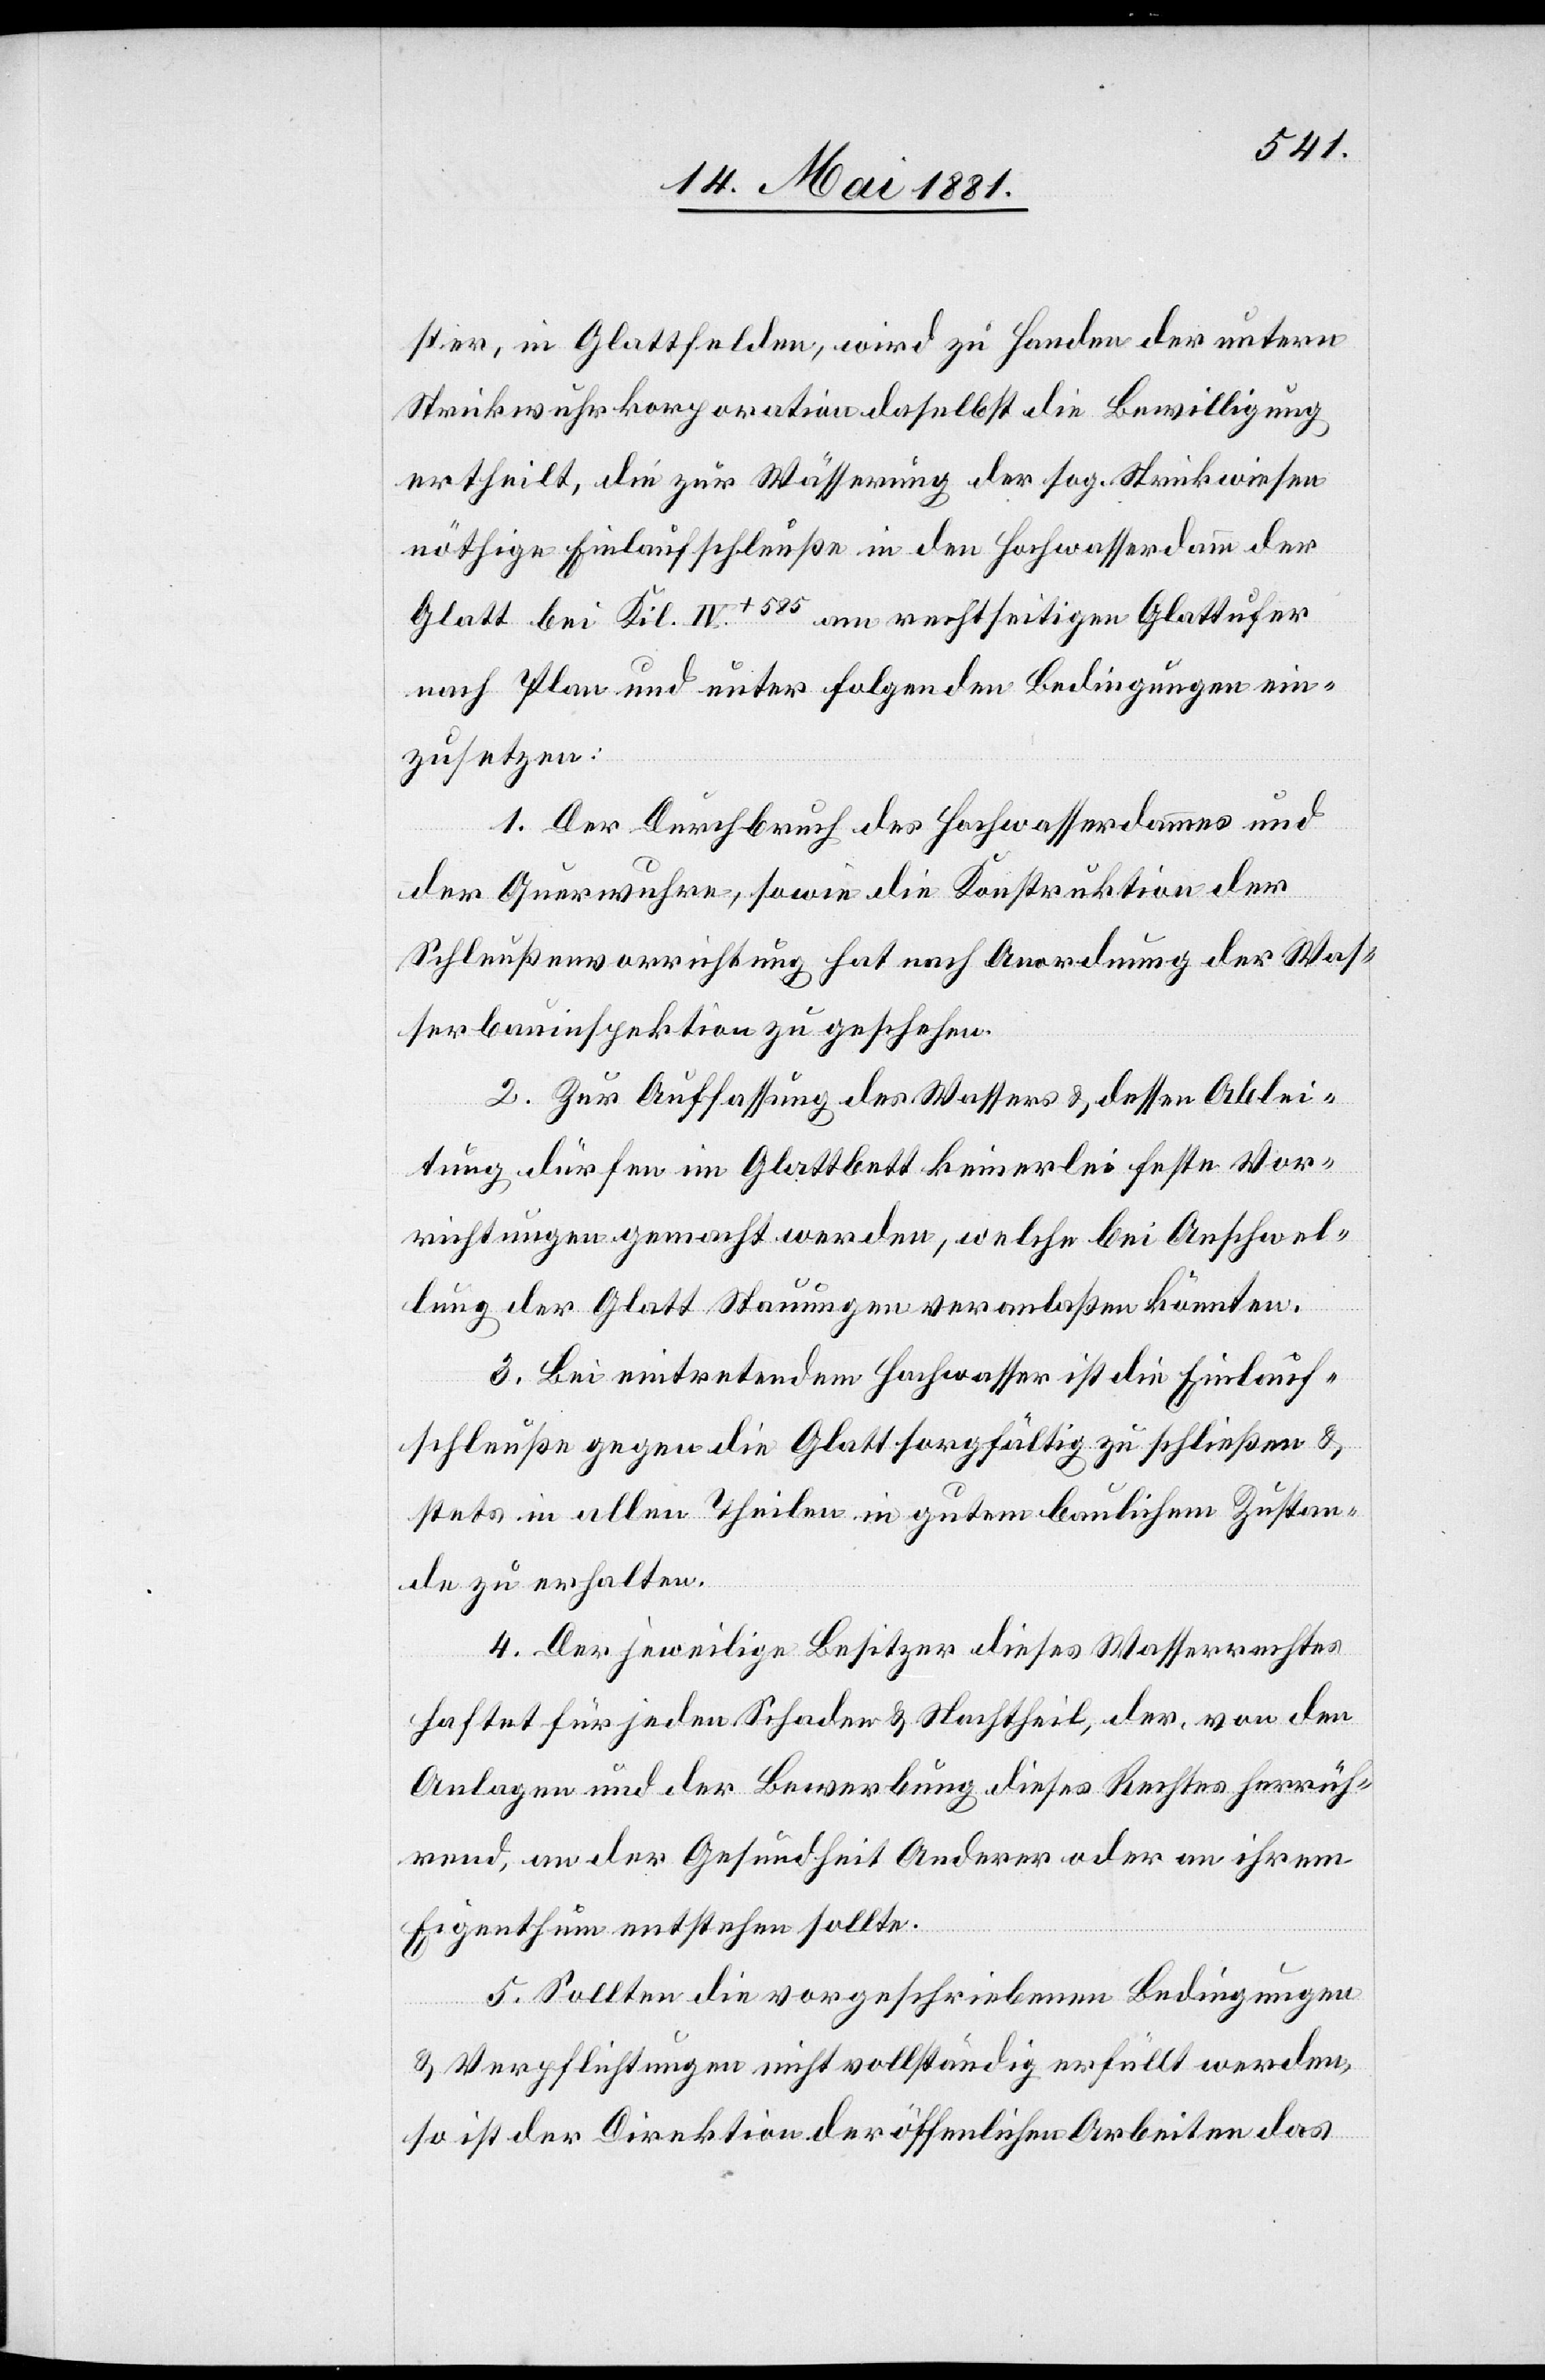
ster, in Glattfelden, wird zu Handen der untern
Strickwuhrkorporation daselbst die Bewilligung
ertheilt, die zur Wässerung der sog. Strickwiesen
nöthige Einlaufschleuße in den Hochwasserdamm der
Glatt bei Kil. IV+585 am rechtseitigen Glattufer
nach Plan und unter folgenden Bedingungen ein¬
zusetzen:
1. Der Durchbruch des Hochwasserdammes und
der Querwuhren, sowie die Konstruktion der
Schleußenvorrichtung hat nach Anordnung der Was¬
serbauinspektion zu geschehen.
2. Zur Auffassung des Wassers & dessen Ablei¬
tung dürfen im Glattbett keinerlei feste Vor¬
richtungen gemacht werden, welche bei Anschwel¬
lung der Glatt Stauungen veranlaßen könnten.
3. Bei eintretendem Hochwasser ist die Einlauf¬
schleuße gegen die Glatt sorgfältig zu schließen &
stets in allen theilen in gutem baulichen Zustän¬
den zu erhalten.
4. Der jeweilige Besitzer dieses Wasserrechtes
haftet für jeden Schaden & Nachtheil, der von den
Anlagen und der Bewerbung dieses Rechtes herrüh¬
rend, an der Gesundheit Anderer oder an ihrem
Eigenthum entstehen sollte.
5. Sollten die vorgeschriebenen Bedingungen
& Verpflichtungen nicht vollständig erfüllt werden,
so ist der Direktion der öffentlichen Arbeiten das